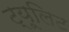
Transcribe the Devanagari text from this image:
ट्यूलिट